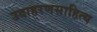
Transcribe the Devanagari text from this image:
उदाहरणसाहित्य